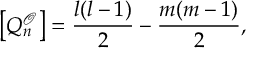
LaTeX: \left[ Q _ { n } ^ { \mathcal { O } } \right] = \frac { l ( l - 1 ) } { 2 } - \frac { m ( m - 1 ) } { 2 } ,